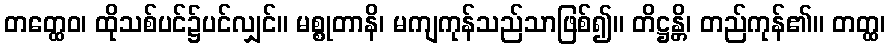
တတ္ထေဝ၊ ထိုသစ်ပင်၌ပင်လျှင်။ မစ္စုတာနိ၊ မကျကုန်သည်သာဖြစ်၍။ တိဋ္ဌန္တိ၊ တည်ကုန်၏။ တတ္ထ၊